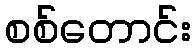
စစ်တောင်း